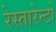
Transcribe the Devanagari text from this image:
रेस्तारेन्टों